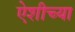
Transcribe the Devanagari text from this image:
ऐशीच्या